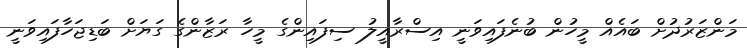
މަންޒަރުދުށް ބައެއް މީހުން ބުނެފައިވަނީ އިސްރާއީލު ސިފައިންގެ މީހާ ރަޒާންގެ ގަޔަށް ބަޑިޖަހާފައިވަނީ